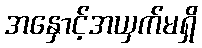
အနှောင့်အယှက်မရှိ